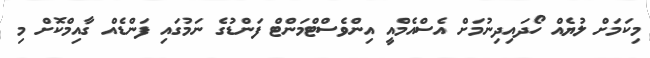
މިކަމަށް ލުޔެއް ހޯދައިދިނުމަށް އެސްއެމްއީ އިންވެސްޓްމަންޓް ފަންޑުގެ ނަމުގައި ފަންޑެއް ގާއިމްކޮށް މި